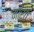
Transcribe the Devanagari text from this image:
मारत्